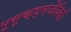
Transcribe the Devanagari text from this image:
भूसूक्ष्मजैविकी